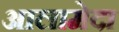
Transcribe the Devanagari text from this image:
आलामेदा